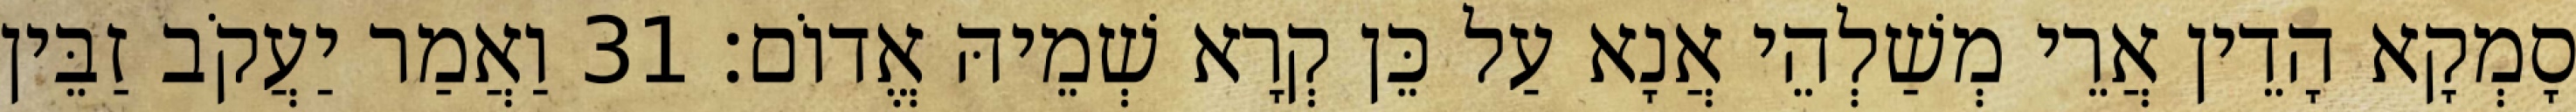
סָמְקָא הָדֵין אֲרֵי מְשַׁלְהֵי אֲנָא עַל כֵּן קְרָא שְׁמֵיהּ אֱדוֹם׃ 31 וַאֲמַר יַעֲקֹב זַבֵּין